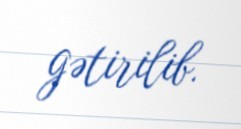
gətirilib.